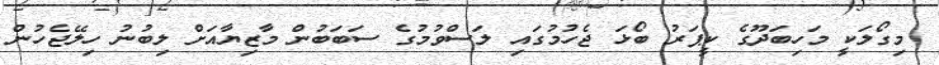
މިގޯލަކީ މަހިބަދޫގެ ކީޕަރު ބޯޅަ ޖެހުމުގައި ލަސްވުމުގެ ސަބަބުން މާޒިޔާއަށް ލިބުނު ހިލޭޖެހުން